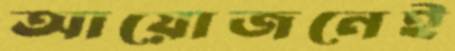
আয়োজনেই